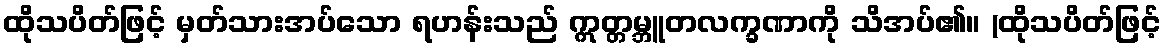
ထိုသပိတ်ဖြင့် မှတ်သားအပ်သော ရဟန်းသည် ဣတ္တမ္ဘူတလက္ခဏာကို သိအပ်၏။ (ထိုသပိတ်ဖြင့်